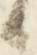
候